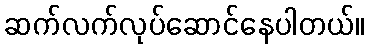
ဆက်လက်လုပ်ဆောင်နေပါတယ်။